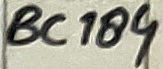
Text: BC184